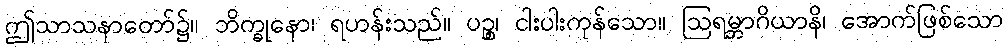
ဤသာသနာတော်၌။ ဘိက္ခုနော၊ ရဟန်းသည်။ ပဉ္စ၊ ငါးပါးကုန်သော။ ဩရမ္ဘာဂိယာနိ၊ အောက်ဖြစ်သော